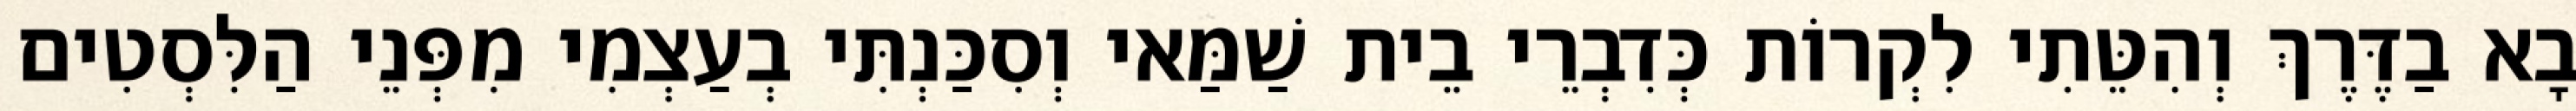
בָא בַדֶּרֶךְ וְהִטֵּתִי לִקְרוֹת כְּדִבְרֵי בֵית שַׁמַּאי וְסִכַּנְתִּי בְעַצְמִי מִפְּנֵי הַלִּסְטִים